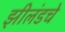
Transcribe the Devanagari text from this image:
झीलंडचे